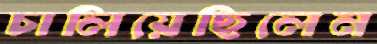
চালিয়েছিলেন